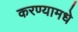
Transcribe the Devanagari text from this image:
करण्यामधे